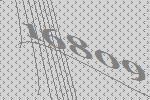
16809